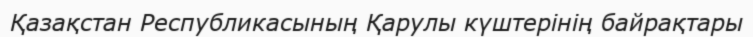
Қазақстан Республикасының Қарулы күштерінің байрақтары